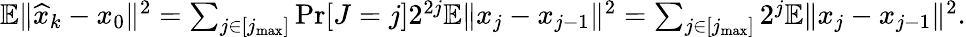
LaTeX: \begin{array}{r}{\mathbb{E}\| \widehat{x}_{k}-x_{0}\| ^{2}=\sum_{j\in[j_{\operatorname*{max}}]}\operatorname*{Pr}[J=j]2^{2j}\mathbb{E}\| x_{j}-x_{j-1}\| ^{2}=\sum_{j\in[j_{\operatorname*{max}}]}2^{j}\mathbb{E}\| x_{j}-x_{j-1}\| ^{2}.}\end{array}